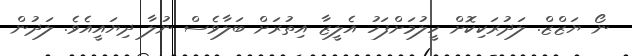
ނޯ ޔަޒްޒް. ލަދުރަކިކޮށް ހީލުމަށްފަހު އެލީޒާ އިތުރަށް ބަލާވެސް ނުލާ ދިޔައީއެވެ. ލަދުން